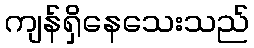
ကျန်ရှိနေသေးသည်